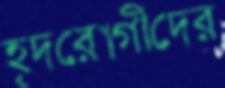
হৃদরোগীদের